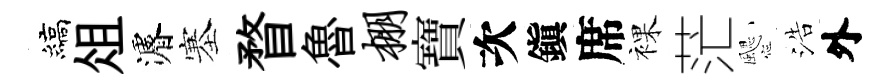
縞俎濬塞瞀魯棚寶次鎭席裸茫颸浩外